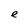
Character: e